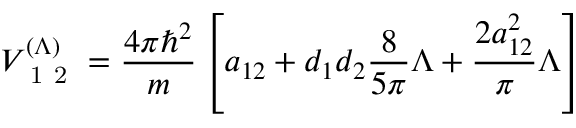
V _ { \mathrm { ~ 1 ~ 2 ~ } } ^ { ( \Lambda ) } = \frac { 4 \pi \hbar ^ { 2 } } { m } \left[ a _ { 1 2 } + d _ { 1 } d _ { 2 } \frac { 8 } { 5 \pi } \Lambda + \frac { 2 a _ { 1 2 } ^ { 2 } } { \pi } \Lambda \right]